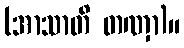
(အာသာတိ တဏှာ)။